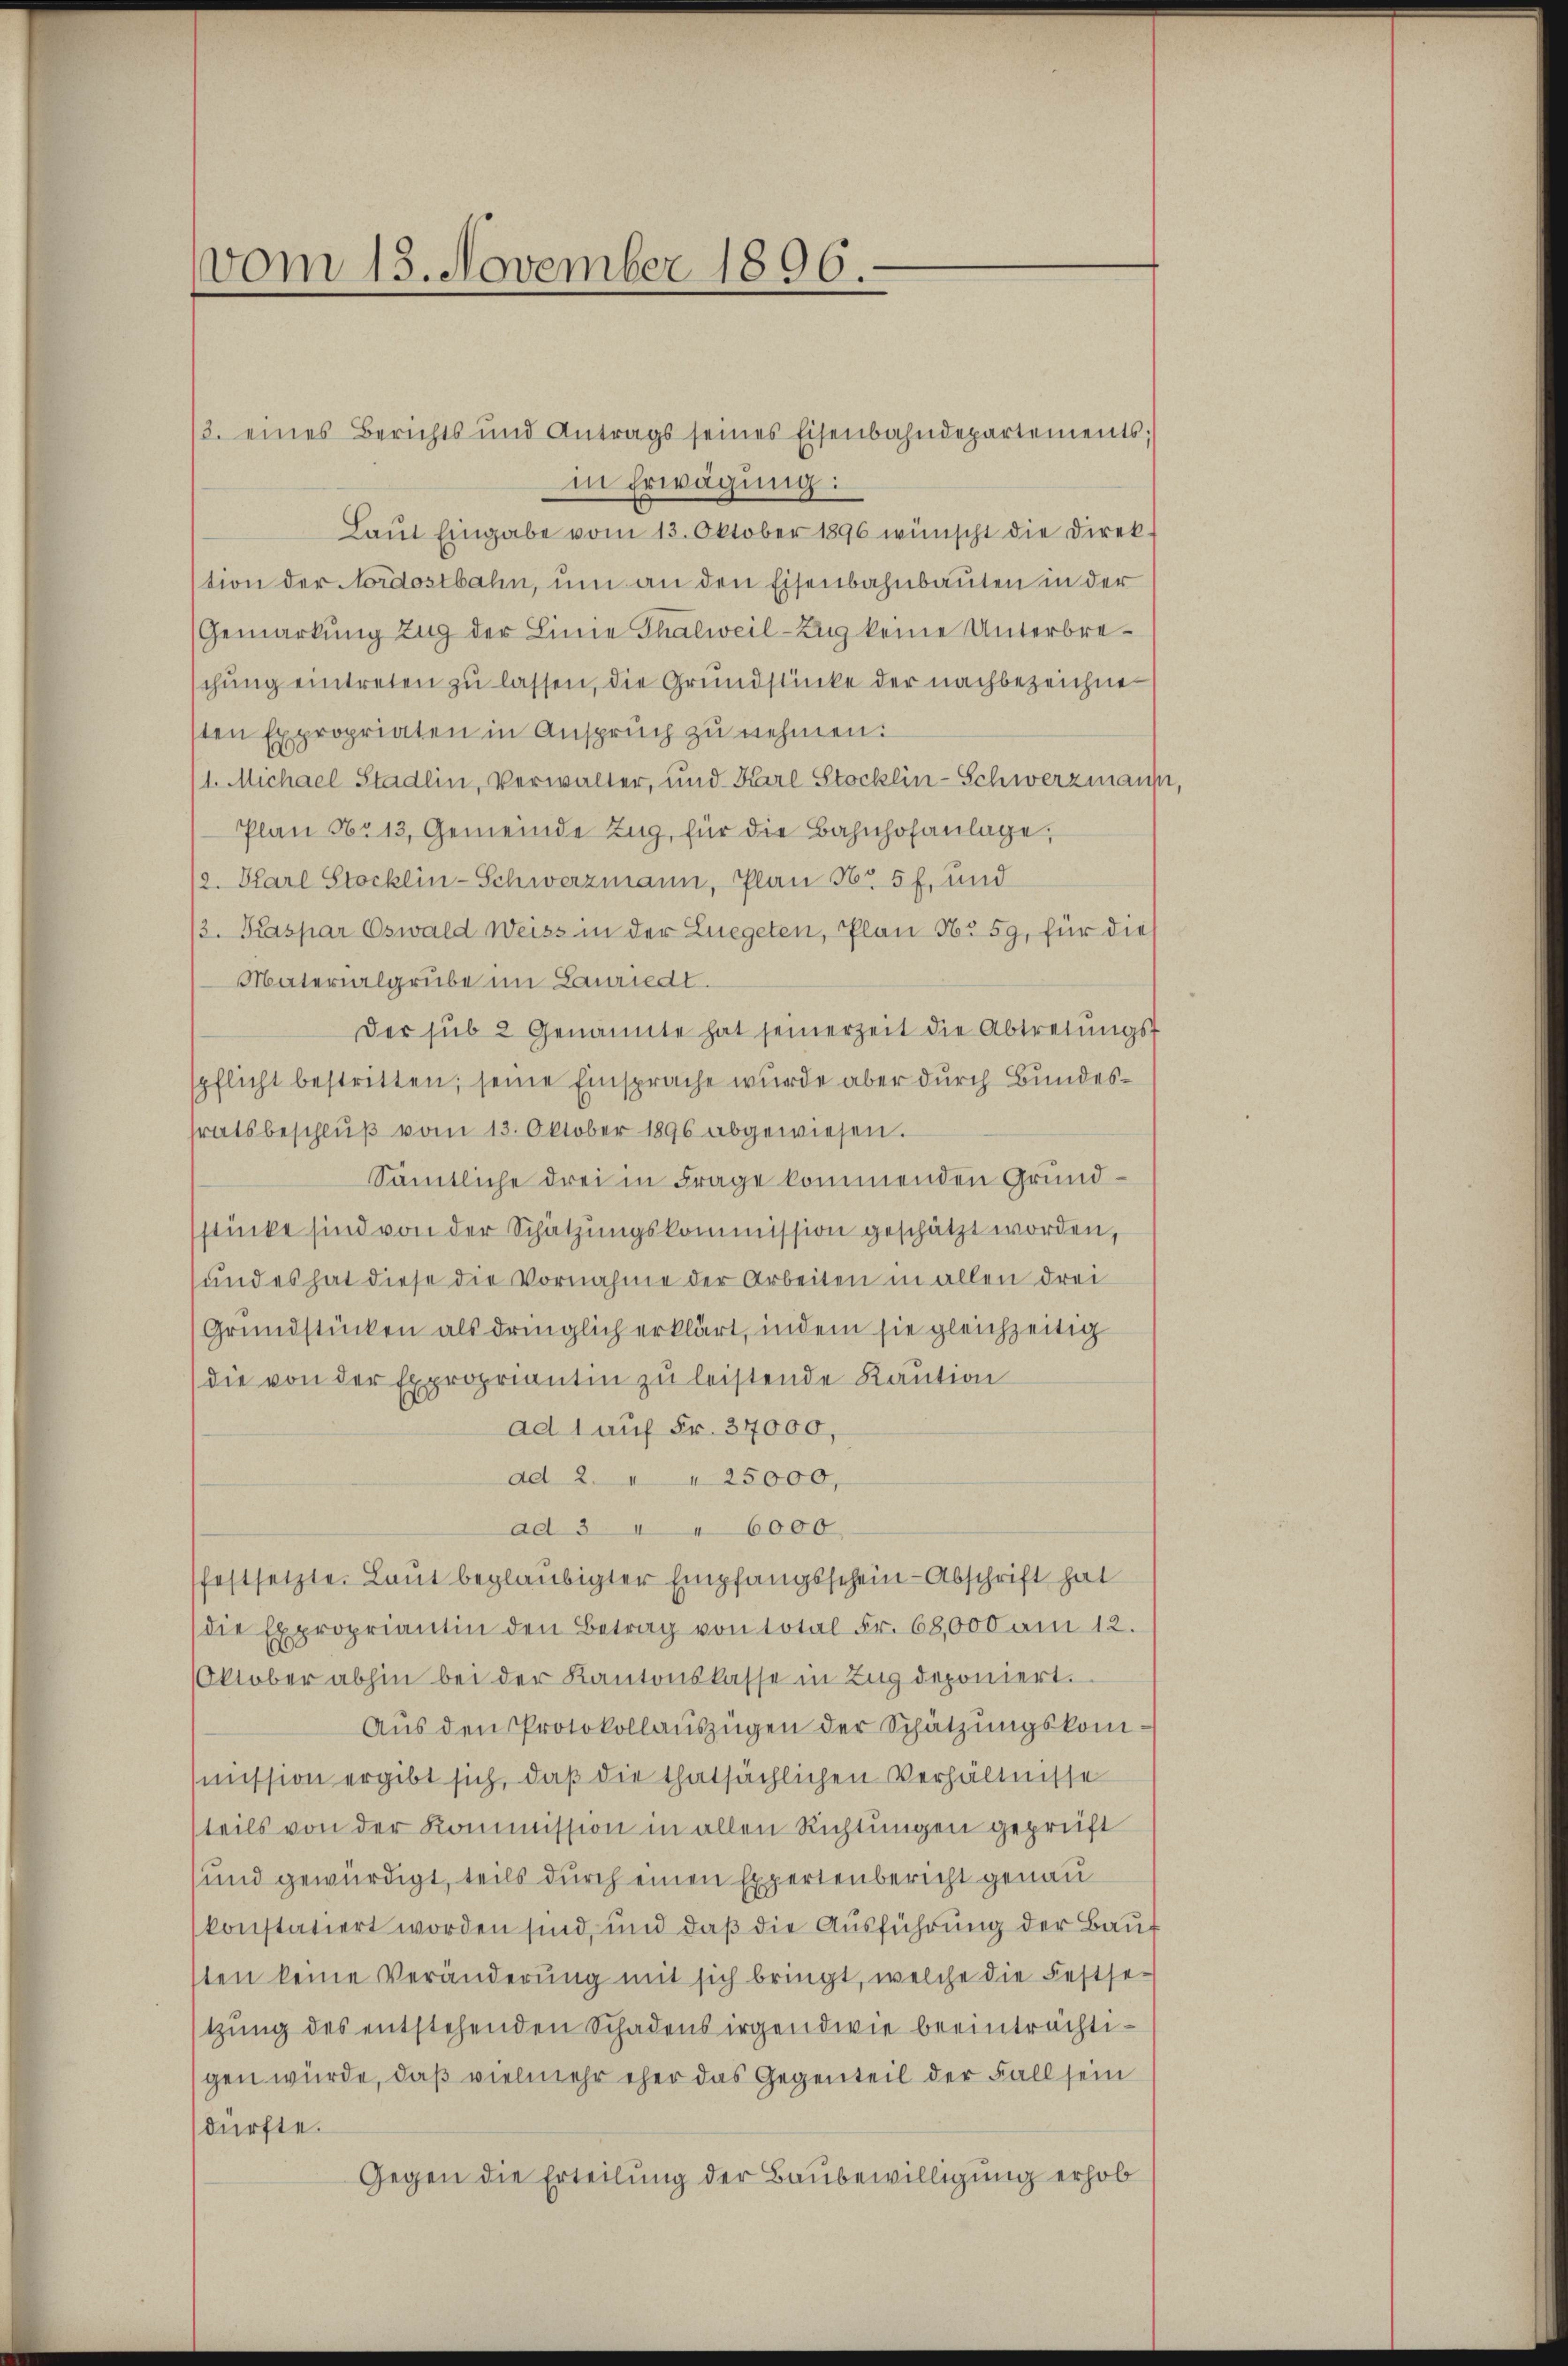
vom 13. November 1896.

3. eines Berichts und Antrags seines Eisenbahndepartements;
in Erwägung:
Laŭt Eingabe vom 13. Oktober 1896 wünscht die Direk-
tion der Nordostbahn, um an den Eisenbahnbauten in der
Gemarkung Zug der Linie Thalweil-Zug keine Unterbreschung eintreten zu lassen, die Grundstücke der nachbezeichne
ten Expropriaten in Anspruch zu nehmen:
(1. Michael Stadlin, Verwalter, und Karl Stocklin-Schwerzmann,
Plan No 13, Gemeinde Zŭg, für die Bahnhofanlage,
/2. Karl Stocklin-Schwerzmann, Plan 56. 5 f. und
/3. Kaspar Oswald Weiss in der Luegeten, Plan 96. 59, für die
Materialgrube im Lauriedt.
Der sub 2 Genannte hat seinerzeit die Abtretŭngs-
spflicht bestritten; seine Einsprache wurde aber durch Bundessratsbeschlŭβ vom 13. Oktober 1896 abgewiesen.
Sämtliche drei in Frage kommenden Grundsstücke sind von der Schätzungskommission geschätzt worden,
und es hat diese die Vornahme der Arbeiten in allen drei
Grundstücken als dringlich erklärt, indem sie gleichzeitig
die von der Expropriantin zu leistende Kaution
ad 1 auf Fr. 37000,
ad 2. " " 25000,
ad 3 " " 6000
festsetzte. Laut beglaubigter Empfangsschein-Abschrift hat
die Expropriantin den Betrag von total Fr. 68,000 am 12.
Oktober abhin bei der Kantonskasse in Zug deponiert.
Aŭs den Protokollauszügen der Schätzungskommission ergibt sich, daß die thatsächlichen Verhältnisse
teils von der Kommission in allen Richtungen geprüft
sund gewürdigt, teils durch einen Expertenbericht genau
konstatiert worden sind, und daß die Ausführung der Baut
sten keine Veränderung mit sich bringt, welche die Festsetzung des entstehenden Schadens irgendwie beeinträchtigen würde, daß vielmehr eher das Gegenteil der Fall sein
dürfte.
Gegen die Erteilung der Baubewilligung erhob